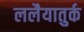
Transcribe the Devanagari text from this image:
ललैयातुर्क